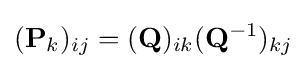
(\mathbf {P} _{k})_{ij}=(\mathbf {Q} )_{ik}(\mathbf {Q} ^{-1})_{kj}